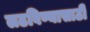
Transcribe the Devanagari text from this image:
लढविण्यासाठी